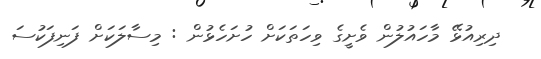
ދިރިއުޅޭ މާހައުލުން ވެށީގެ ވިހަތަކަށް ހުށަހެޅުން : މިސާލަކަށް ފަނިފަކުސަ